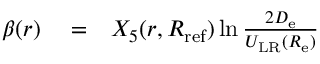
\begin{array} { r l r } { \beta ( r ) } & { { } = } & { X _ { 5 } ( r , R _ { \mathrm { r e f } } ) \ln \frac { 2 D _ { \mathrm { e } } } { U _ { \mathrm { L R } } ( R _ { \mathrm { e } } ) } } \end{array}